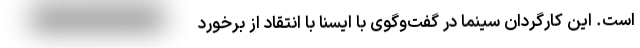
است. این کارگردان سینما در گفت‌وگوی با ایسنا با انتقاد از برخورد